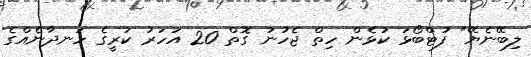
ލިބޭނެޔޭ" ފުޓްބޯޅަ ކުޅެން ހިތް ޖެހުނު ގޮތް 20 އަހަރު ކުރީގެ ހަނދާނެއްގެ